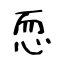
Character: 恧